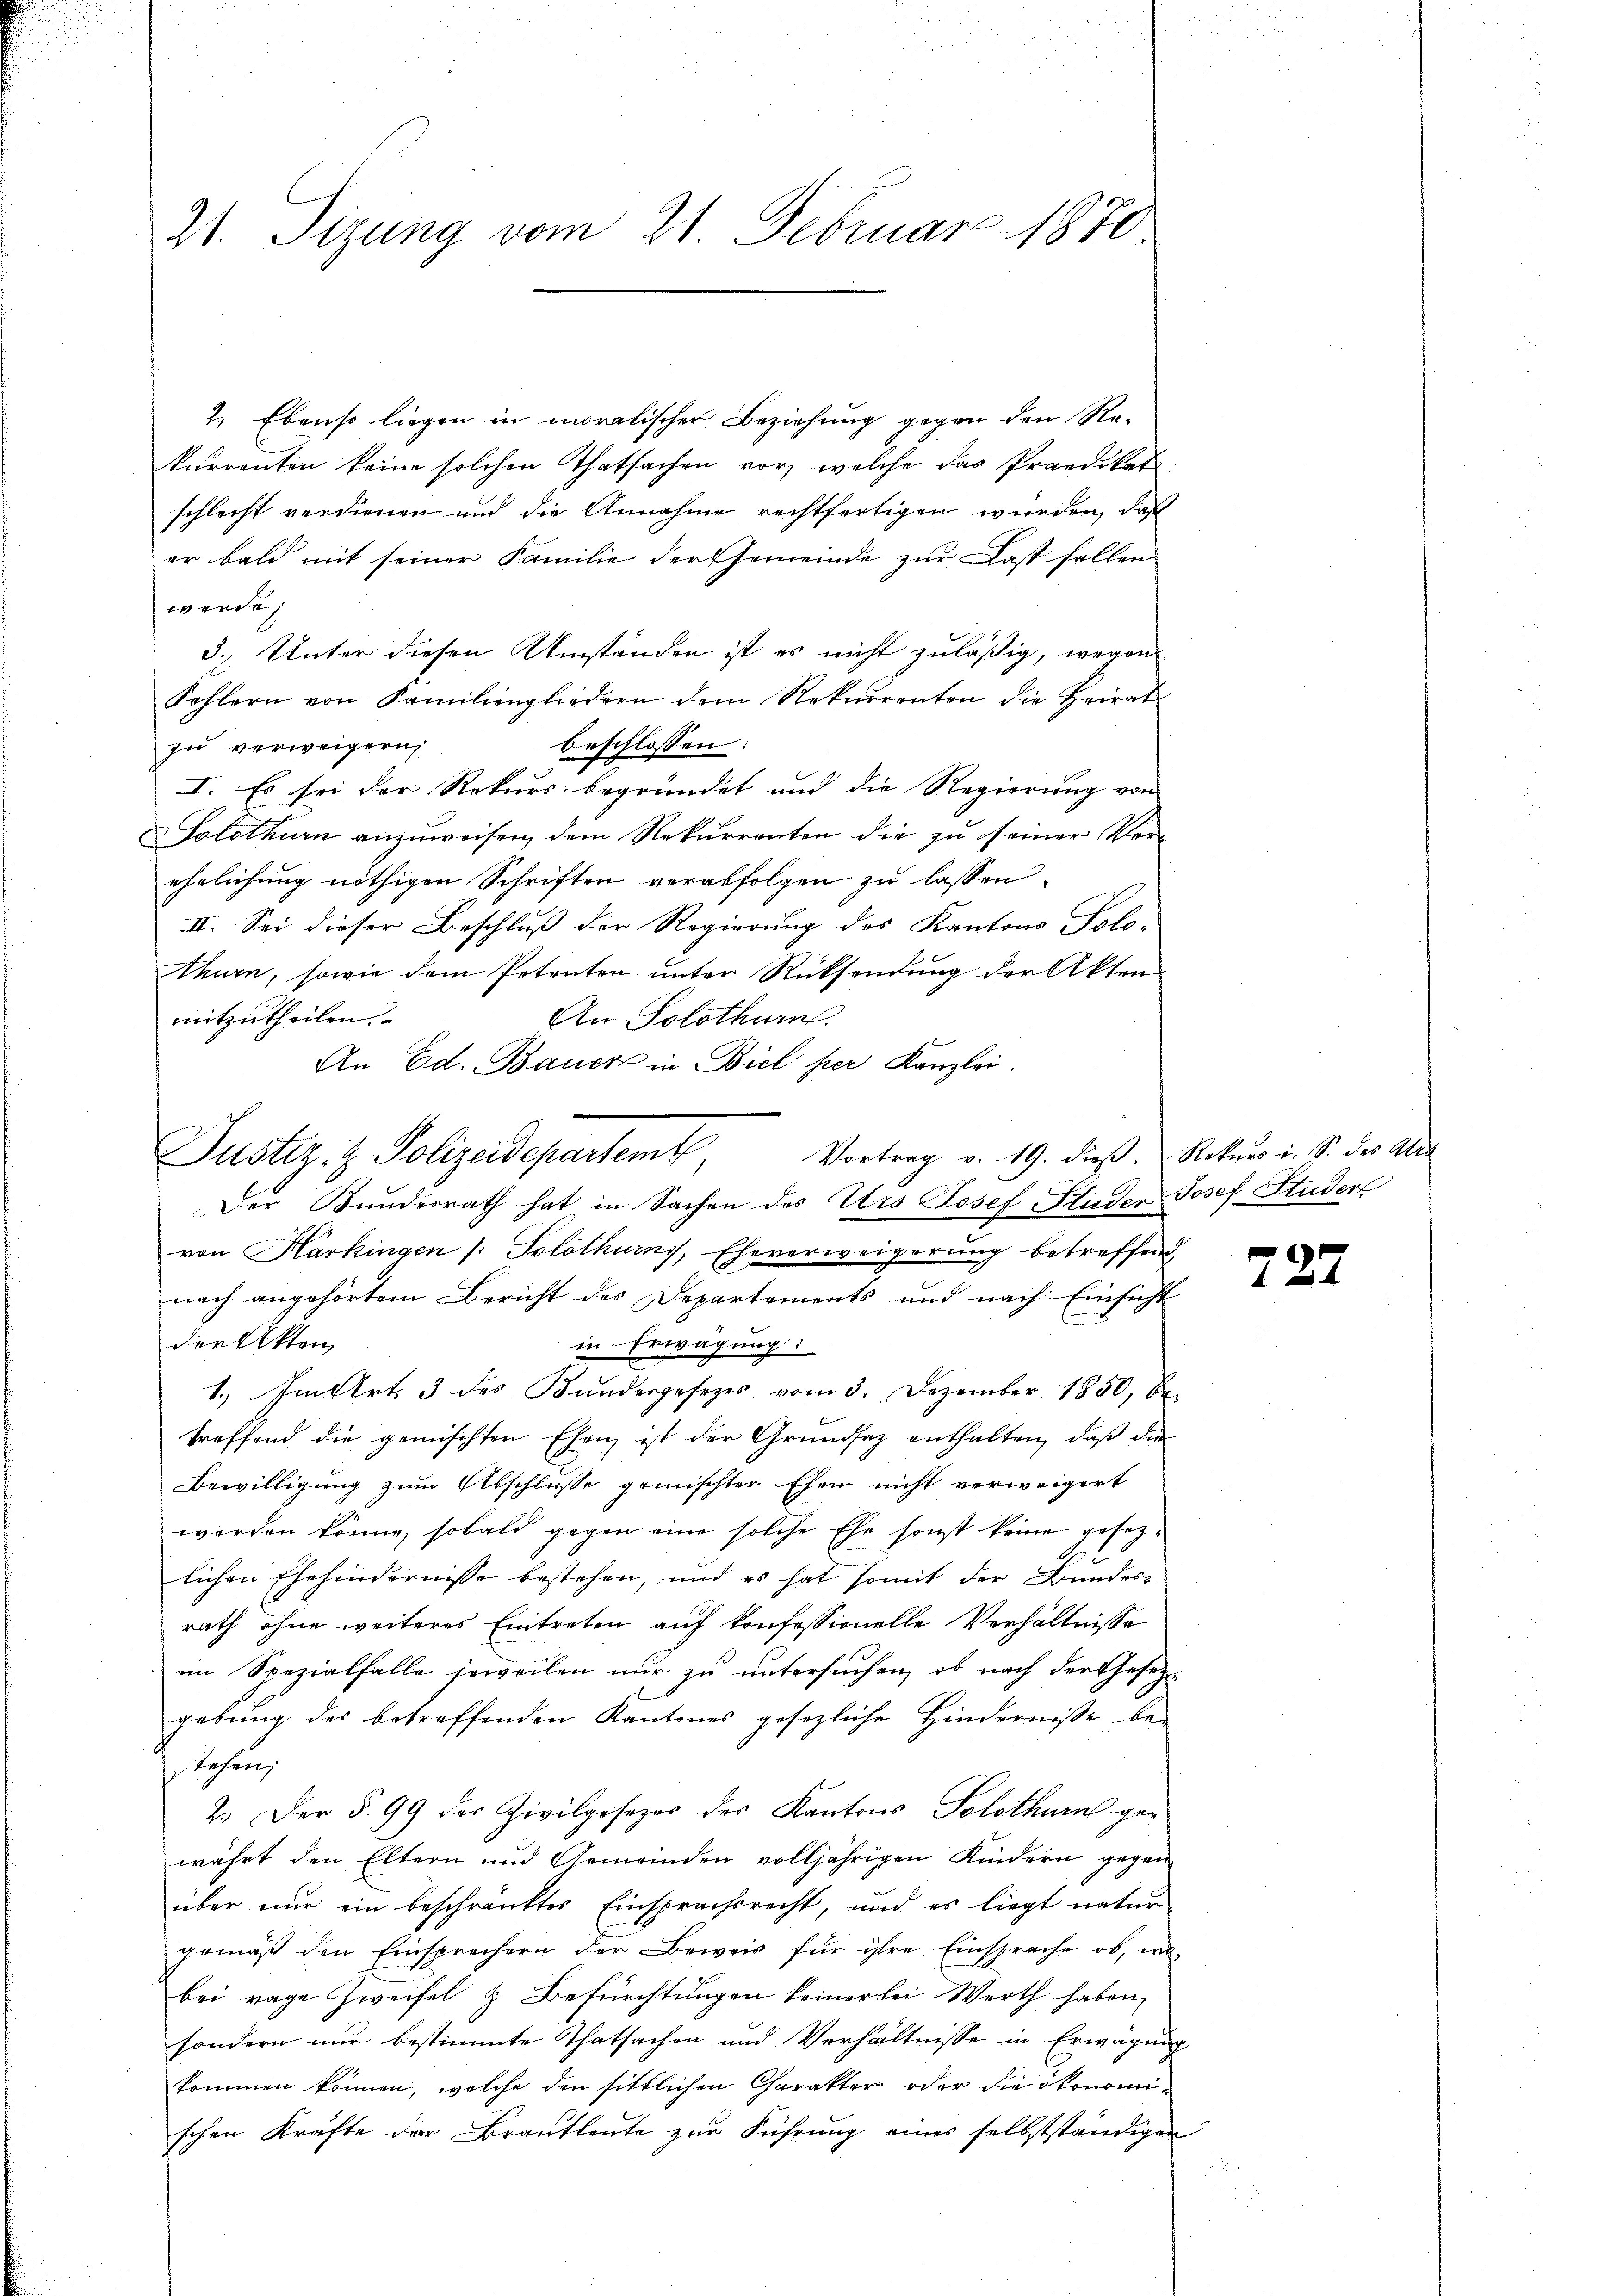
21. Sizung vom 21. Februar 1870

Justiz- & Polizeidepartemte

2. Ebenso liegen in moralischer Beziehung gegen den Rekurrenten keine solchen Thatsachen vor, welche das Praedikat
schlecht verdienen und die Annahme rechtfertigen wurden, daß
er bald mit seiner Familie der Gemeinde zur Last fallen
werde
C. Unter diesen Umständen ist es nicht zuläßig, wegen
Schlern von Familiengliedern dem Rekurrenten die Heirat
zu verweigern
beschlossen:
I. Es sei der Rekurs begründet und die Regierung von
Solothurn anzuweisen, dem Rekurrenten die zu seiner Ver-
ehrlichung nöthigen Schriften verabfolgen zu lassen.
II. Sei dieser Beschluß der Regierung des Kantons Solo-
thurn, sowie dem Petenten unter Rücksendung der Akten
mitzutheilen.
An Solothurn.
An Ed. Bauer in Biel per Kanzlei.
Vortrag v. 19. dieß, Rekurs i. S. des Arb
Der Bundesrath hat in Sachen des Urs Josef Studer Josef Studers
von Harkingen (: Solothurns, Eheverweigerung betreffend
nach angehörtem Bericht des Departements und nach Einsicht
der Akten,
in Erwägung:
1. Im Art. 3 des Bundesgesetzes vom 3. Dezember 1850, be-
treffend die gemischten Ehen ist der Grundsatz enthalten, daβ die
Bewilligung zum Abschlusse gemischter Ehen nicht verweigert
werden könne, sobald gegen eine solche Ehe sonst keine gesezlichen Ehehindernisse bestehen, und es hat somit der Bundes
rath ohne weiteres Eintreten auf konfessionelle Verhältnisse
im Spezialfalle soweilen nur zu untersuchen, ob nach der Gesetz-
gebung des betreffenden Kantones gesezliche Hindernisse be-
stehen;
2.) Der § 99 des Zivilgesezes des Kantons Solothurn gewährt den Eltern und Gemeinden volljährigen Kindern gegen
über nur ein beschränktes Einsprachsrecht, und es liegt natur
gemäß den Einsprechern der Beweis für ihre Einsprache ob, wobei rage Zweifel & Befürchtungen keinerlei Werth haben,
sondern nur bestimmte Thatsachen und Verhältnisse in Erwägung
kommen können, welche den sittlichen Charakter oder die ökonomischen Kräfte der Brautleute zur Führung eines selbstständigen

727